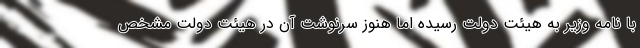
با نامه وزیر به هیئت دولت رسیده اما هنوز سرنوشت آن در هیئت دولت مشخص